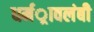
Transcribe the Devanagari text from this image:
धर्मर्ावलंबी